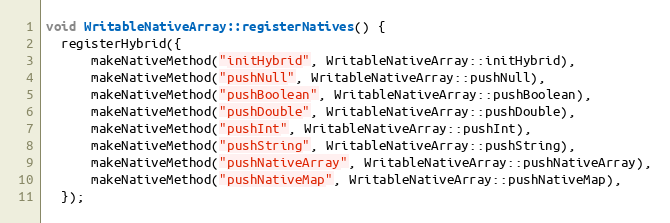
Language: C++
void WritableNativeArray::registerNatives() {
  registerHybrid({
      makeNativeMethod("initHybrid", WritableNativeArray::initHybrid),
      makeNativeMethod("pushNull", WritableNativeArray::pushNull),
      makeNativeMethod("pushBoolean", WritableNativeArray::pushBoolean),
      makeNativeMethod("pushDouble", WritableNativeArray::pushDouble),
      makeNativeMethod("pushInt", WritableNativeArray::pushInt),
      makeNativeMethod("pushString", WritableNativeArray::pushString),
      makeNativeMethod("pushNativeArray", WritableNativeArray::pushNativeArray),
      makeNativeMethod("pushNativeMap", WritableNativeArray::pushNativeMap),
  });